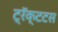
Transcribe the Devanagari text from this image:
ट्रॅक्टटस